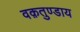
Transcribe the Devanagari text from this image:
वक़तुण्डाय